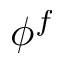
\phi ^ { f }